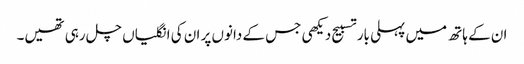
ان کے ہاتھ میں پہلی بار تسبیح دیکھی جس کے دانوں پر ان کی انگلیاں چل رہی تھیں۔